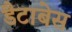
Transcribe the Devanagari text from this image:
डैटाबेस